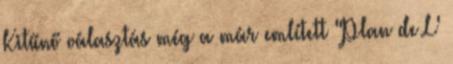
Kitűnő választás még a már említett "Plan de L'